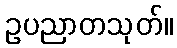
ဥပညာတသုတ်။